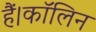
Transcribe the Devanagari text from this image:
हैं।कॉलिन